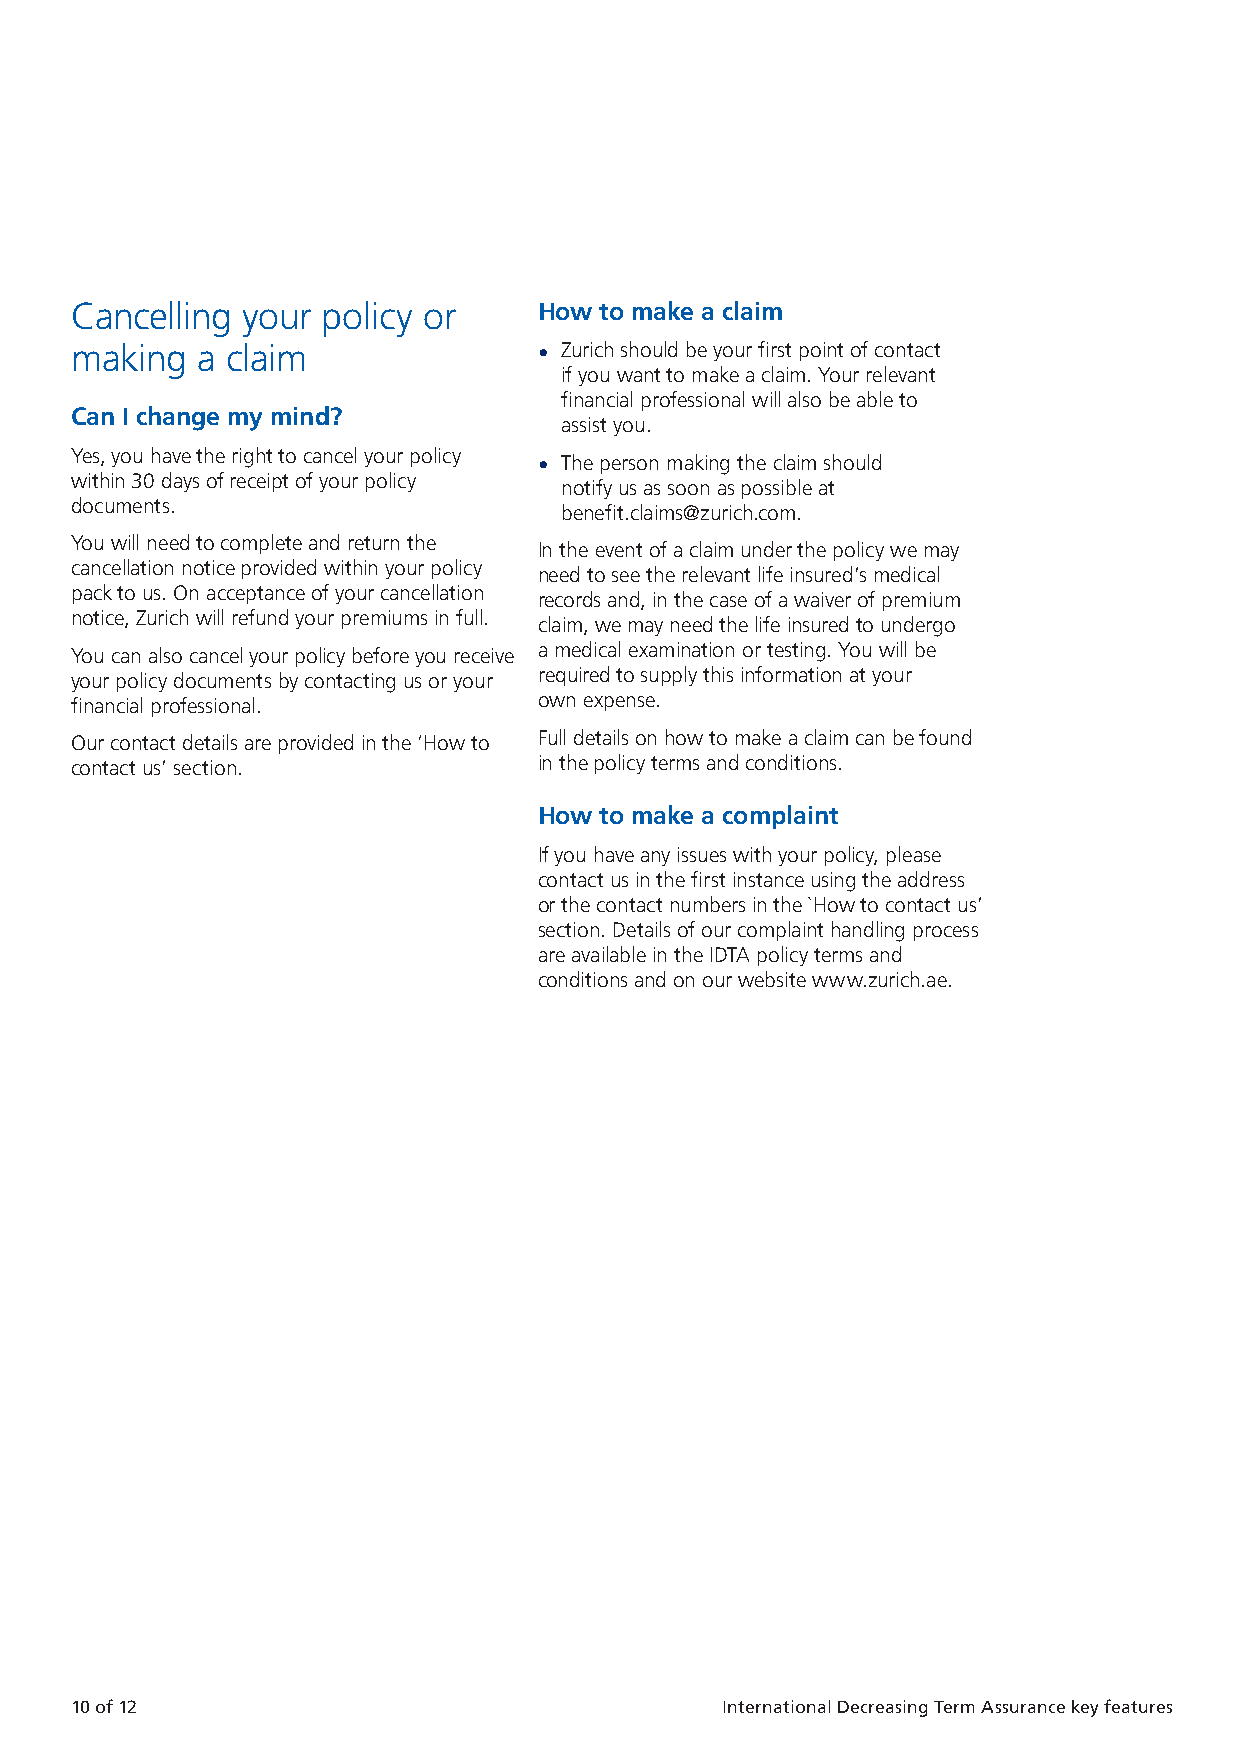
How       to   contact        us
 Cancelling your policy or      How to make a claim                                Your relevant financial professional will normally be your first point of contact.
 If you wish to contact us, you can call us, email or write to us:
 making  a claim                • Zurich should be your first point of contact
 if you want to make a claim. Your relevant
 Phone: +971 4 3634567
 financial professional will also be able to
 Can I change my mind?                                                                 We’re available Monday to Friday between 8am and 5pm.
 assist you.
 Yes, you have the right to cancel your policy • The person making the claim should    Email: helppoint.uae@zurich.com and benefit.claims@zurich.com
 within 30 days of receipt of your policy notify us as soon as possible at             for Benefit claims
 documents.
 benefit.claims@zurich.com.
 Write to:
 You will need to complete and return the
 In the event of a claim under the policy we may
 cancellation notice provided within your policy                                       Zurich International Life,
 need to see the relevant life insured’s medical
 pack to us. On acceptance of your cancellation                                        Zurich HelpPoint,
 records and, in the case of a waiver of premium
 notice, Zurich will refund your premiums in full.                                     P.O. Box 50389,
 claim, we may need the life insured to undergo
 Unit 601, Floor 6, Building 6,
 You can also cancel your policy before you receive a medical examination or testing. You will be
 Emaar Square,
 your policy documents by contacting us or your required to supply this information at your
 Dubai,
 financial professional.        own expense.
 United Arab Emirates.
 Our contact details are provided in the ‘How to Full details on how to make a claim can be found
 contact us’ section.           in the policy terms and conditions.                    Website: www.zurich.ae
 How to make a complaint
 If you have any issues with your policy, please
 contact us in the first instance using the address
 or the contact numbers in the `How to contact us’
 section. Details of our complaint handling process
 are available in the IDTA policy terms and
 conditions and on our website www.zurich.ae.
 10 of 12                                   International Decreasing Term Assurance key features International Decreasing Term Assurance key features  11 of 12
 ZZUURR--771177116699000099--MMSSPP1133330044--EENN..iinndddd 1100         0055//0011//22002222 1111::0011